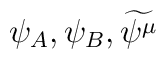
\psi _{A},\psi _{B},\widetilde{\psi ^{\mu }}